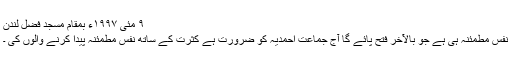
٩ مئی ١٩٩٧ء بمقام مسجد فضل لندن
نفس مطمئنہ ہی ہے جو بالآخر فتح پائے گا آج جماعت احمدیہ کو ضرورت ہے کثرت کے ساتھ نفس مطمئنہ پیدا کرنے والوں کی ۔